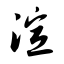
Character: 渲